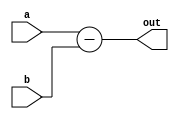
module Miner(a, b, out);
	input [5:0]a;
	input [5:0]b;
	output [5:0]out;
	
	assign out = a - b ;
endmodule